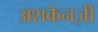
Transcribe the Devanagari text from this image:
अशकेनज़ी